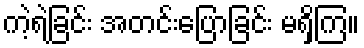
ကဲ့ရဲ့ခြင်း အတင်းပြောခြင်း မရှိကြ။